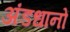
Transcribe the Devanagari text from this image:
अंडधानों